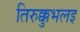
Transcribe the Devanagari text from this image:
तिरुक्कुभलइ